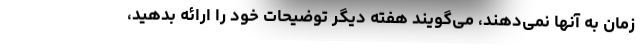
زمان به آنها نمی‌دهند، می‌گویند هفته دیگر توضیحات خود را ارائه بدهید،